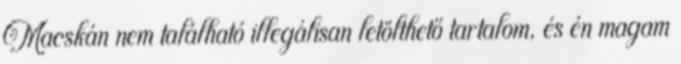
Macskán nem található illegálisan letölthető tartalom, és én magam